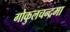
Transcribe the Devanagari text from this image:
गोकुलचन्द्रमा